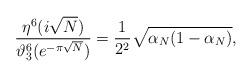
LaTeX: \begin{align*}\frac{\eta^6(i\sqrt{N})}{\vartheta_3^6(e^{-\pi\sqrt{N}})} =\frac{1}{2^2}\sqrt{\alpha_N(1-\alpha_N)},\end{align*}